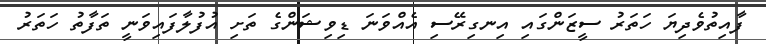
ފާއިތުވެދިޔަ ހަތަރު ސީޒަންގައި އިނގިރޭސި އެއްވަނަ ޑިވިޝަންގެ ތަށި އުފުލާފައިވަނީ ތަފާތު ހަތަރު